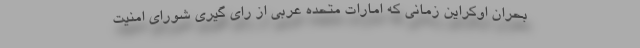
بحران اوکراین زمانی که امارات متحده عربی از رای گیری شورای امنیت